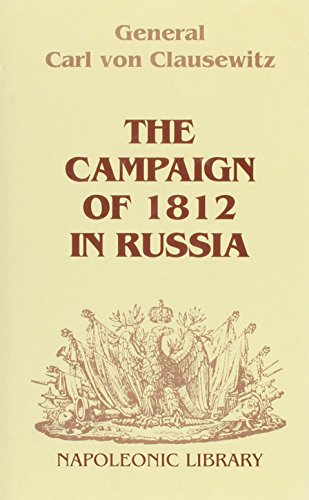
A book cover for The Campaign of 1812 in Russia (Napoleonic Library); Carl von Clausewitz; History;